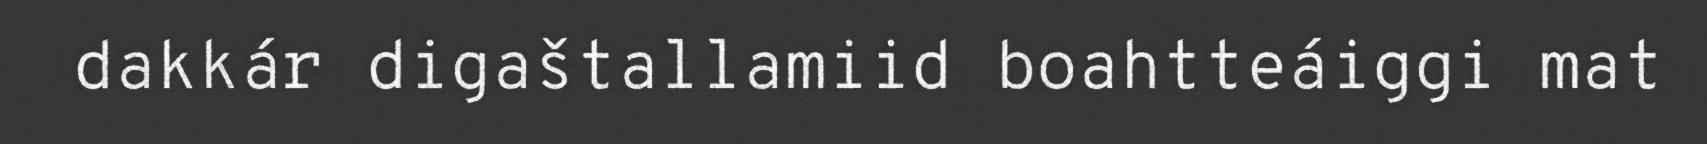
dakkár digaštallamiid boahtteáiggi mat